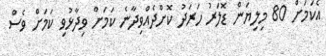
އެކަމަށް 80 މިލިޔަން ޑޮލަރު ހަރަދު ކޮށްދެއްވިދާނެ ކަމަށް ވިދާޅުވި ކަމަށް ވެސް